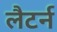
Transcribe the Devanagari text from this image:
लैटर्न